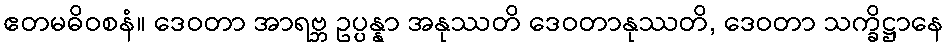
ဧတမဓိဝစနံ။ ဒေဝတာ အာရဗ္ဘ ဥပ္ပန္နာ အနုဿတိ ဒေဝတာနုဿတိ, ဒေဝတာ သက္ခိဋ္ဌာနေ